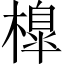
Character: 橰